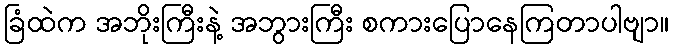
ခြံထဲက အဘိုးကြီးနဲ့ အဘွားကြီး စကားပြောနေကြတာပါဗျာ။